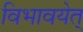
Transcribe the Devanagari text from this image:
विभावयेत्